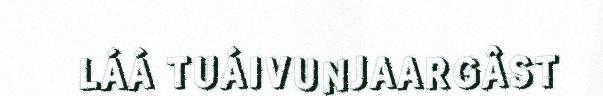
LÁÁ TUÁIVUNJAARGÂST